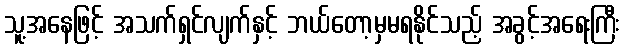
သူ့အနေဖြင့် အသက်ရှင်လျက်နှင့် ဘယ်တော့မှမရနိုင်သည့် အခွင့်အရေးကြီး